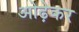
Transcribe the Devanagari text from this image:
ओढ़ेकर